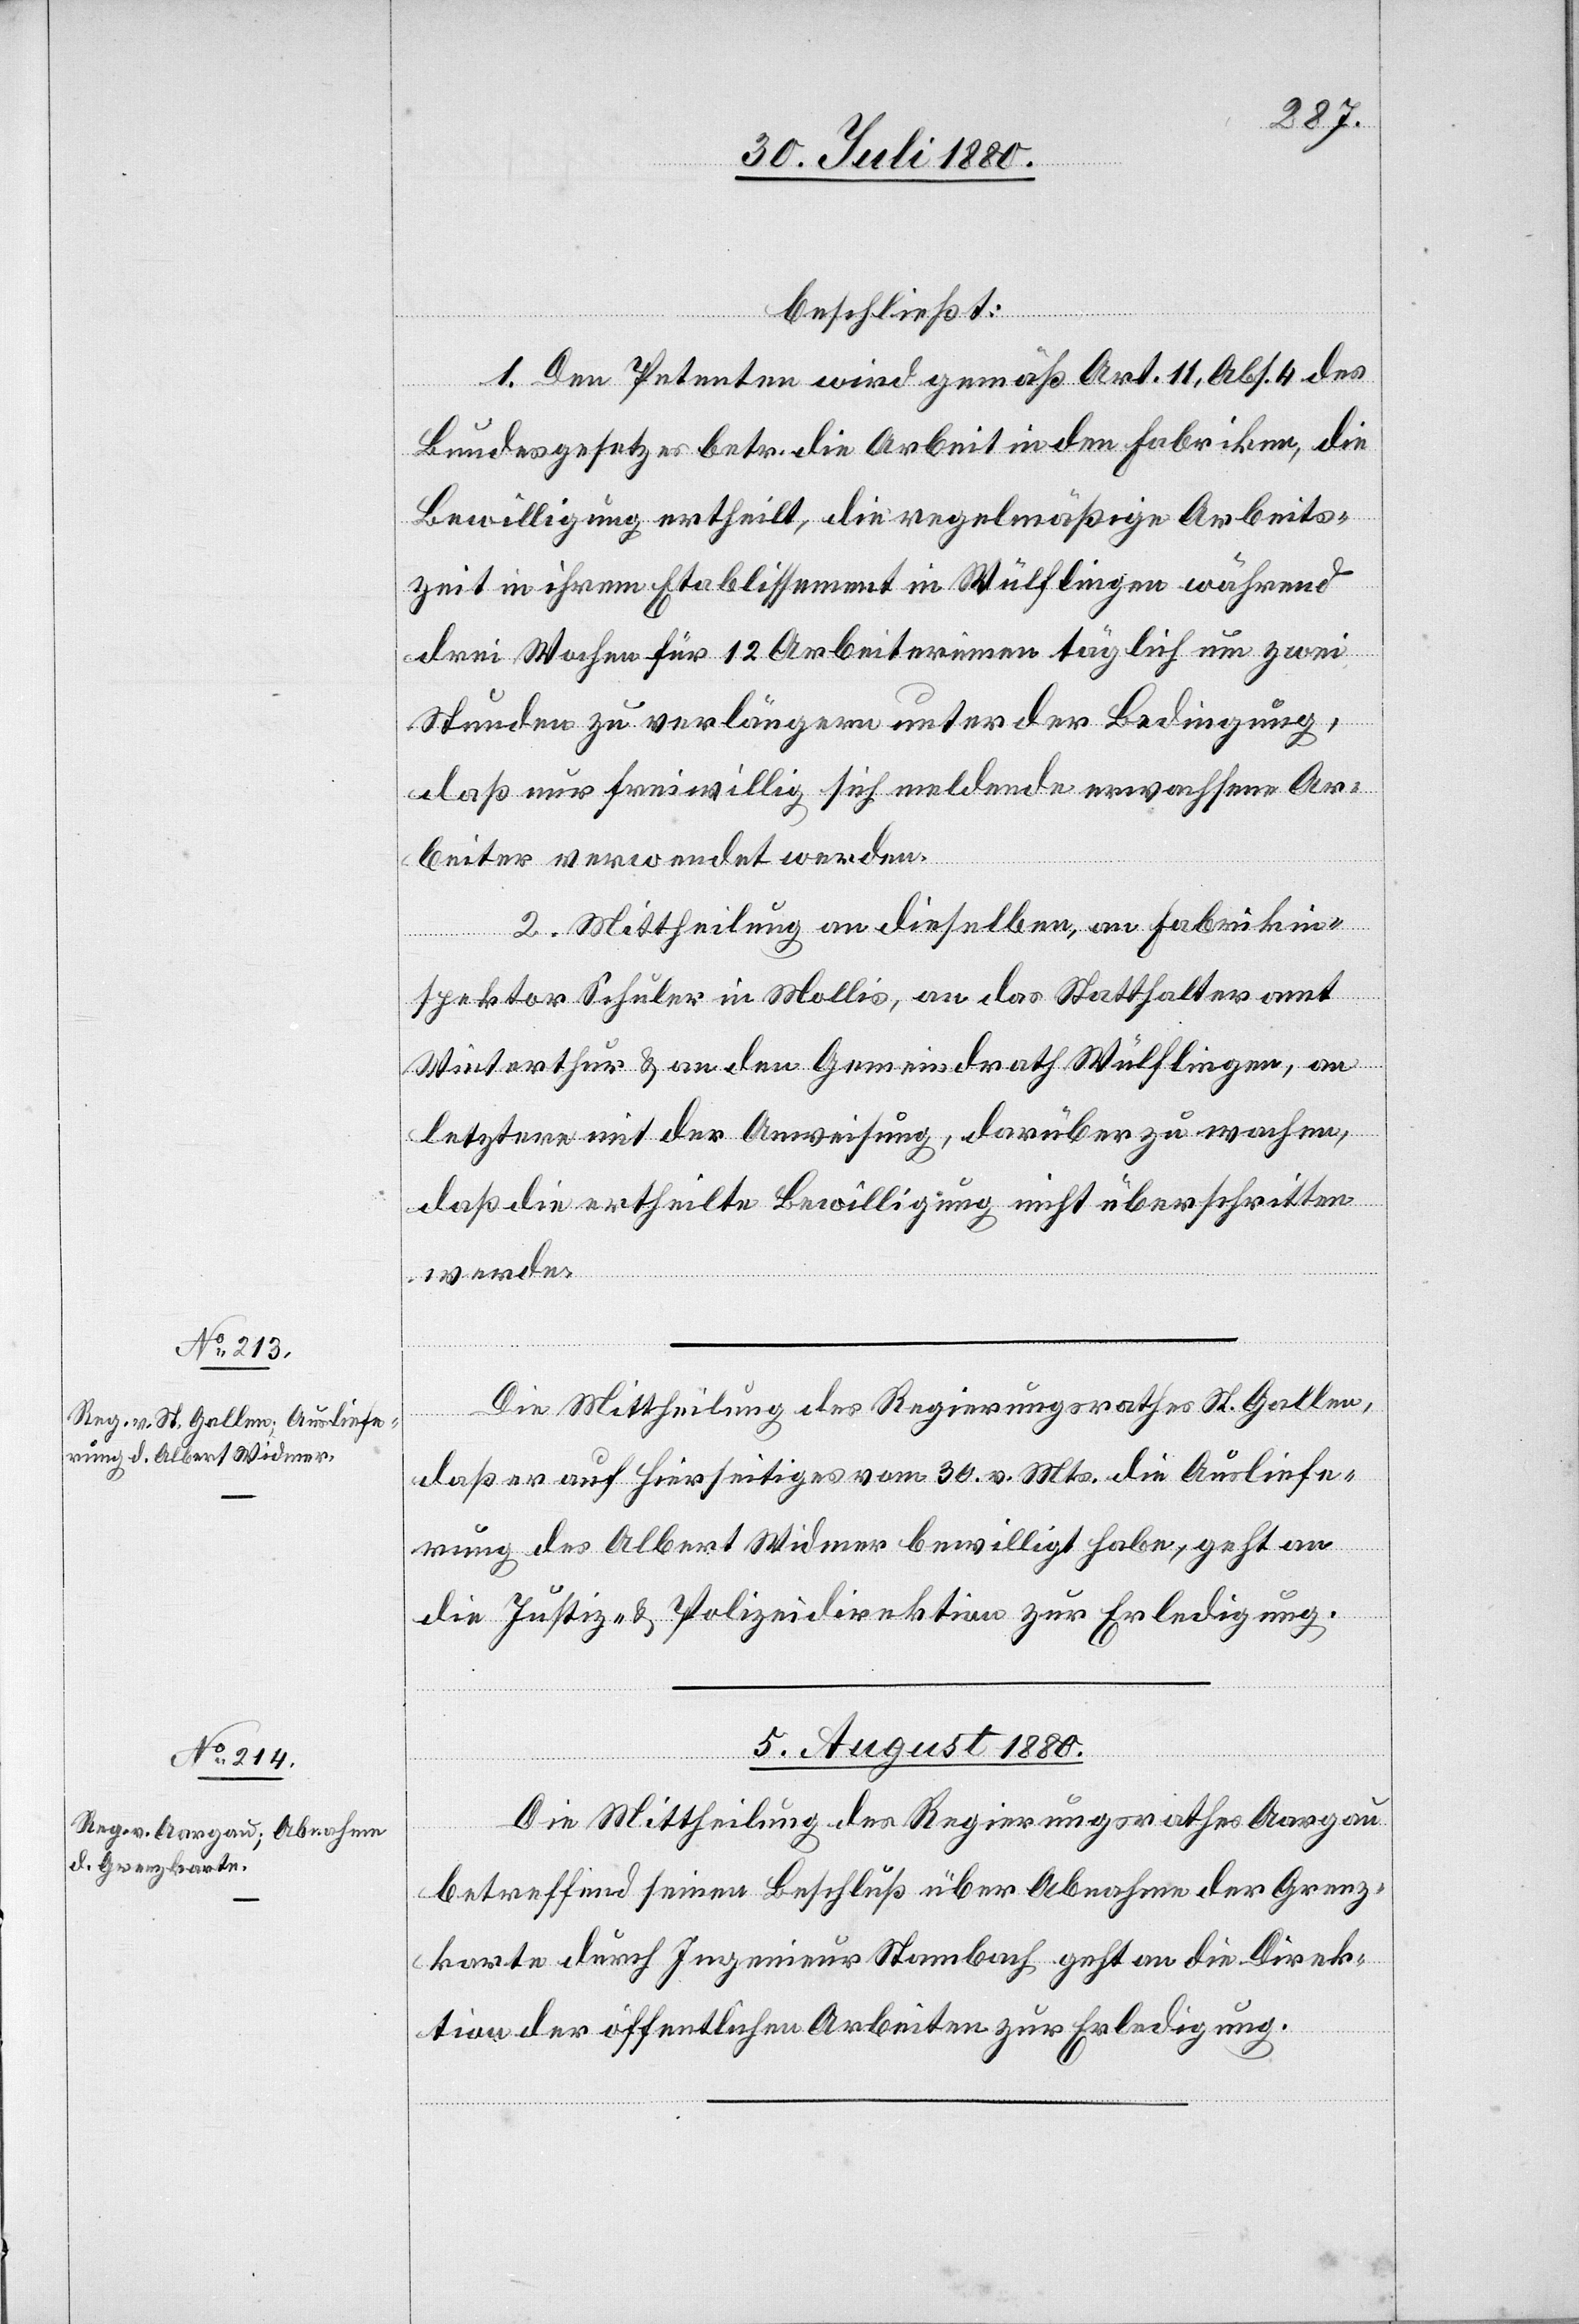
beschließt:
1. Den Petenten wird gemäß Art. 11, Abs. 4 des
Bundesgesetzes betr. die Arbeit in den Fabriken, die
Bewilligung ertheilt, die regelmäßige Arbeits¬
zeit in ihrem Etablissement in Wülflingen während
drei Wochen für 12 Arbeiterinnen täglich um zwei
Stunden zu verlängern unter der Bedingung,
daß nur freiwillig sich meldende erwachsene Ar¬
beiter verwendet werden.
2. Mittheilung an dieselben, an Fabrikin¬
spektor Schuler in Mollis, an das Statthalteramt
Winterthur & an den Gemeindrath Wülflingen, an
letzterer mit der Anweisung darüber zu wachen,
daß die ertheilte Bewilligung nicht überschritten
werde.
Die Mittheilung des Regierungsrathes St. Gallen,
daß er auf hierseitiges vom 30. v. Mts. die Ausliefe¬
rung des Albert Widmer bewilligt habe, geht an
die Justiz- & Polizeidirektion zur Erledigung.
5. August 1880.
Die Mittheilung des Regierungsrathes Aargau
betreffend seinen Beschluß über Abnahme der Grenz¬
karte durch Ingenieur Stambach geht an die Direk¬
tion der öffentlichen Arbeiten zur Erledigung.